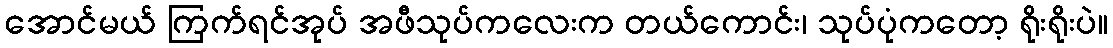
အောင်မယ် ကြက်ရင်အုပ် အဖီသုပ်ကလေးက တယ်ကောင်း၊ သုပ်ပုံကတော့ ရိုးရိုးပဲ။